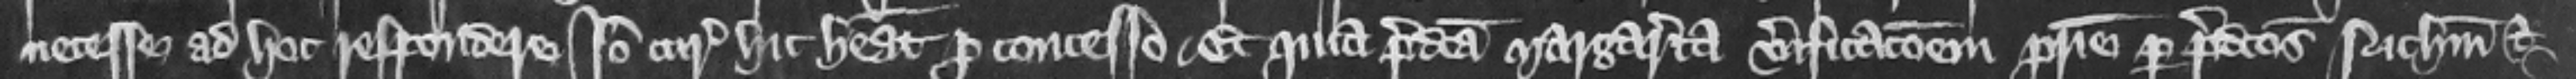
necesse ad hoc respondere. Ideo curia hic habeat pro concesso Et quia predicta Margareta verificacionem patrie per predictos Nicholaum et